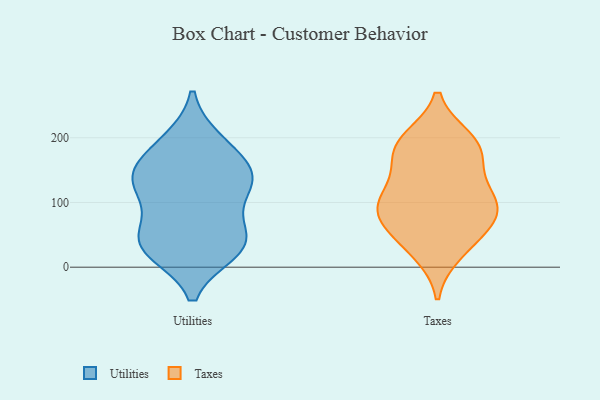
{"axis": {"x": "Gross Profit (USD K)", "y": "Value"}, "legend": ["Taxes", "Utilities"], "data": [{"x": "", "y": 37, "type": "Utilities"}, {"x": "", "y": 148, "type": "Utilities"}, {"x": "", "y": 25, "type": "Utilities"}, {"x": "", "y": 36, "type": "Utilities"}, {"x": "", "y": 147, "type": "Utilities"}, {"x": "", "y": 195, "type": "Utilities"}, {"x": "", "y": 28, "type": "Utilities"}, {"x": "", "y": 114, "type": "Utilities"}, {"x": "", "y": 70, "type": "Utilities"}, {"x": "", "y": 131, "type": "Utilities"}, {"x": "", "y": 43, "type": "Utilities"}, {"x": "", "y": 123, "type": "Utilities"}, {"x": "", "y": 190, "type": "Utilities"}, {"x": "", "y": 147, "type": "Utilities"}, {"x": "", "y": 122, "type": "Taxes"}, {"x": "", "y": 105, "type": "Taxes"}, {"x": "", "y": 191, "type": "Taxes"}, {"x": "", "y": 38, "type": "Taxes"}, {"x": "", "y": 84, "type": "Taxes"}, {"x": "", "y": 153, "type": "Taxes"}, {"x": "", "y": 179, "type": "Taxes"}, {"x": "", "y": 93, "type": "Taxes"}, {"x": "", "y": 197, "type": "Taxes"}, {"x": "", "y": 23, "type": "Taxes"}, {"x": "", "y": 94, "type": "Taxes"}, {"x": "", "y": 186, "type": "Taxes"}, {"x": "", "y": 58, "type": "Taxes"}, {"x": "", "y": 80, "type": "Taxes"}]}